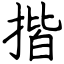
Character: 揩